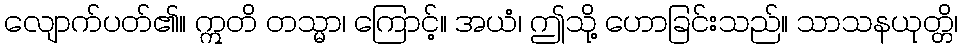
လျောက်ပတ်၏။ ဣတိ တသ္မာ၊ ကြောင့်။ အယံ၊ ဤသို့ ဟောခြင်းသည်။ သာသနယုတ္တိ၊